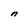
Character: n